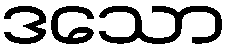
ဒသော